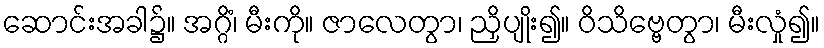
ဆောင်းအခါ၌။ အဂ္ဂိံ၊ မီးကို။ ဇာလေတွာ၊ ညှိပျိုး၍။ ဝိသိဗ္ဗေတွာ၊ မီးလှုံ၍။